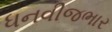
ધનવીજભાર